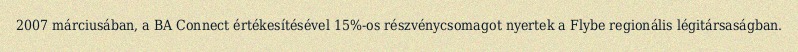
2007 márciusában, a BA Connect értékesítésével 15%-os részvénycsomagot nyertek a Flybe regionális légitársaságban.